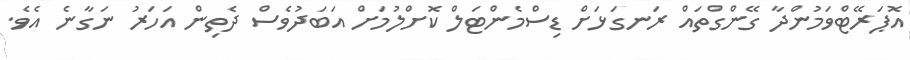
އޮޕަރޭޓްވަމުންދާ ގޭންގްތައް ރަނގަޅަށް ޑިސްމެންޓަލް ކޮށްލުމަށް އަބަދުވެސް ދެތިން އަހަރު ނަގާނެ އެވެ.